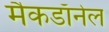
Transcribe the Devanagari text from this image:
मैकडाॅनेल